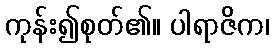
ကုန်း၍စုတ်၏။ ပါရာဇိက၊